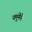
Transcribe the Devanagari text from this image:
यमुनेने